Vaccination United Provinces of Agra and Oudh 1902-1913 - 1902-1913
Year: 1902
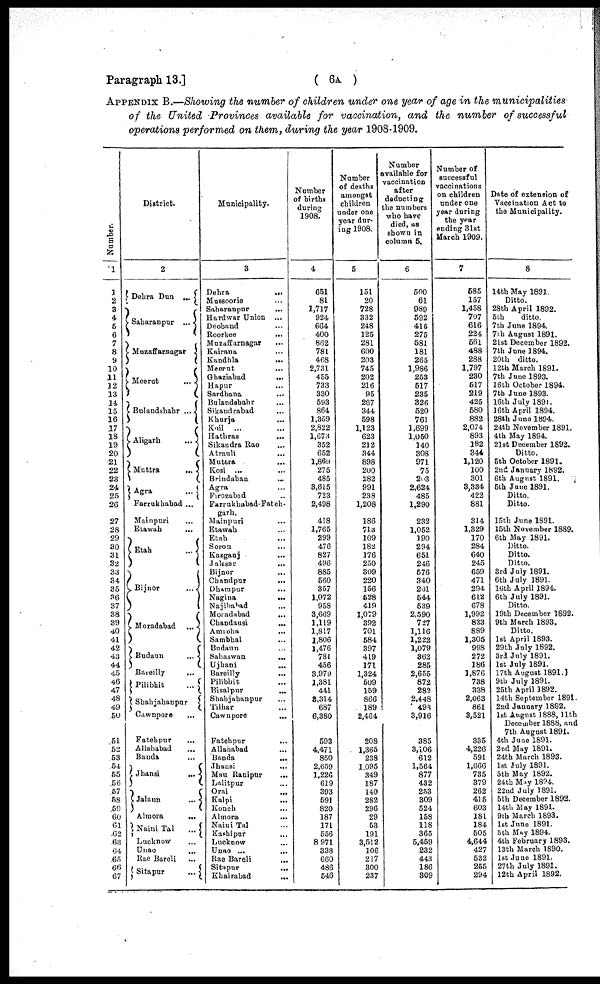
( 6A )
Paragraph 13.]
APPENDIX B.—Showing the number of children under one year of age in the municipalities
of the United Provinces available for vaccination, and the number of successful
operations performed on them, during the year 1908-1909.
Number.
1
1
2
3
4
5
6
7
8
9
10
11
12
13
14
15
16
17
18
19
20
21
22
23
24
25
26
27
28
29
30
31
32
33
34
35
36
37
38
39
40
41
42
43
44
45
46
47
48
49
50
51
52
53
54
55
56
57
58
59
60
61
62
63
64
65
66
67
District.
2
Dehra Dun ...
Saharanpur
...
Muzaffarnagar
Meerut
...
Bulandshahr ...
Aligarh
...
Muttra
...
Agra
...
Farrukhabad ...
Mainpuri
...
Etawah ...
Etah
...
Bijnor
...
Moradabad
...
Budaun
...
Bareilly
...
Pilibhit
...
Shahjahanpur
Cawnpore
...
Fatehpur ...
Allahabad ...
Banda ...
Jhansi
...
Jalaun
...
Almora
...
Naini Tal
...
Lucknow ...
Unao ...
Rae Bareli
...
Sitapur
...
Municipality.
3
Dehra
...
Mussoorie ...
Saharanpur ...
Hardwar Union ...
Deoband ...
Roorkee
...
Muzaffarnagar ...
Kairana ...
Kandhla
...
Meerut ...
Ghaziabad ...
Hapur ...
Sardhana ...
Bulandshahr ...
Sikandrabad ...
Khurja ...
Koil
...
Hathras
...
Sikandra Rao ...
Atrauli ...
Muttra ...
Kosi ...
Brindaban ...
Agra ...
Firozabad ...
Farrukhabad-Fateh¬
garh.
Mainpuri ...
Etawah ...
Etah ...
Soron ...
Kasganj ...
Jalesar
...
Bijnor ...
Chandpur ...
Dhampur ...
Nagina
...
Najibabad ...
Moradabad ...
Chandausi
...
Amroha
...
Sambhal ...
Budaun ...
Sahaswan ...
Ujhani ...
Bareilly ...
Pilibhit ...
Bisalpur
...
Shahjahanpur ...
Tilhar ...
Cawnpore ...
Fatehpur ...
Allahabad ...
Banda
...
Jhansi
...
Mau Ranipur
...
Lalitpur ...
Orai
...
Kalpi ...
Konch ...
Almora
...
Naini Tal ...
Kashipur ...
Lucknow ...
Unao ...
Rae Bareli
...
Sitapur
...
Khairabad
...
Number
of births
during
1908.
4
651
81
1,717
924
664
400
862
781
468
2,731
455
733
330
593
864
1,359
2,822
1,673
352
652
1,869
275
485
3,615
723
2,498
418
1,765
299
476
827
496
885
560
357
1,072
958
3,669
1,119
1,817
1,806
1,476
781
456
3,979
1,381
441
8,314
687
6,380
593
4,471
850
2,659
1,226
619
393
591
820
187
171
556
8,971
338
660
486
546
Number
of deaths
amongst
children
under one
year dur-
ing 1908.
5
151
20
728
332
248
125
281
600
203
745
202
216
95
267
344
598
1,123
623
212
344
898
200
282
991
238
1,208
186
713
109
182
176
250
309
220
156
528
419
1,079
392
701
584
397
419
171
1,324
509
159
866
189
2,464
208
1,365
238
1,095
349
187
140
282
296
29
53
191
3,512
106
217
300
237
Number
available for
vaccination
after
deducting
the numbers
who have
died, as
shown in
column 5.
6
500
61
989
592
416
275
581
181
265
1,986
253
517
235
326
520
761
1,699
1,050
140
308
971
75
203
2,624
485
1,290
232
1,052
190
294
651
246
576
340
201
544
539
2,590
727
1,116
1,222
1,079
362
285
2,655
872
282
2,448
493
3,916
385
3,106
612
1,564
877
432
253
309
524
158
118
365
5,459
232
443
186
309
Number of
successful
vaccinations
on children
under one
year during
the year
ending 31st
March 1909.
7
585
157
1,458
707
616
224
561
488
288
1,797
230
517
219
425
580
882
2,074
893
182
344
1,120
100
301
3,334
422
881
314
1,329
170
284
640
245
659
471
294
612
678
1,992
833
889
1,305
998
272
186
1,876
738
338
2,063
861
3,521
335
4,226
591
1,666
735
379
262
415
603
181
184
505
4,644
427
532
255
294
Date of extension of
Vaccination Act to
the Municipality.
8
14th May 1891.
Ditto.
28th April 1892.
5th
ditto.
7th June 1894.
7th August 1891.
21st December 1892.
7th June 1894.
20th ditto.
12th March 1891.
7th June 1893.
16th October 1894.
7th June 1893.
16th July 1891.
16th April 1894.
28th June 1894.
24th November 1891.
4th May 1894.
21st December 1892.
Ditto.
5th October 1891.
2nd January 1892.
6th August 1891.
5th June 1891.
Ditto.
Ditto.
15th June 1891.
15th November 1889.
6th May 1891.
Ditto.
Ditto.
Ditto.
3rd July 1891.
6th July 1891.
16th April 1894.
6th July 1891.
Ditto.
19th December 1892.
9th March 1893.
Ditto.
1st April 1893.
29th July 1892.
3rd July 1891.
1st July 1891.
17th August 1891.
9th July 1891.
25th April 1892.
14th September 1891.
2nd January 1892.
1st August 1888,11th
December 1888, and
7th August 1891.
4th June 1891.
2nd May 1891.
24th March 1893.
1st July 1891.
5th May 1892.
24th May 1894.
22nd July 1891.
5th December 1892.
14th May 1891.
9th March 1893.
1st June 1891.
5th May 1894.
4th February 1893.
13th March 1890.
1st June 1891.
27th July 1891.
12th April 1892.